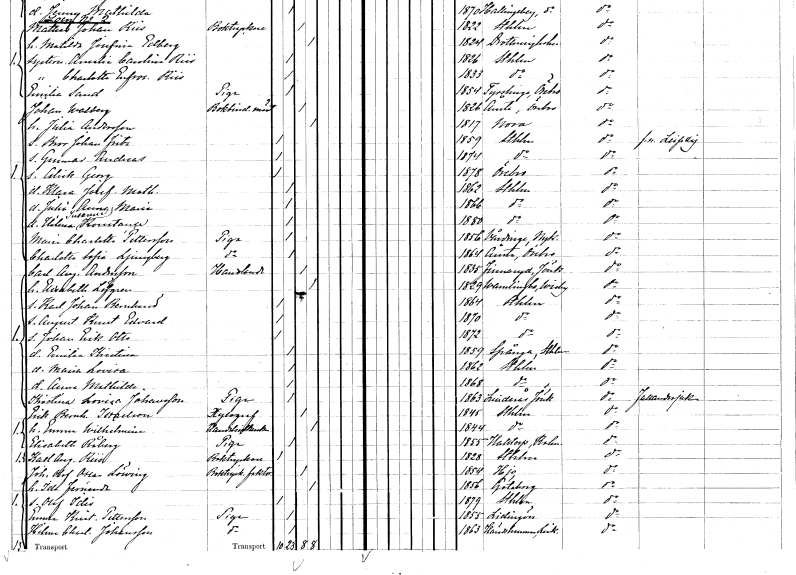
gt_parse: households: individuals: FN: Mattias Johan
EN: Riis
YRKE: Boktryckare
KON: M
CIV: G
FODAR: 1822
FODFORS: Stockholm
FN: Matilda Josefina
EN: Edberg
KON: K
CIV: G
FODAR: 1824
FODFORS: Lovö Stockholms län
FN: Amalia Carolina
EN: Riis
KON: K
CIV: O
FODAR: 1826
FODFORS: Stockholm
FN: Charlotte Eufrosyne
EN: Riis
KON: K
CIV: O
FODAR: 1833
FODFORS: Stockholm
FN: Emilia
EN: Sand
YRKE: Piga
KON: K
CIV: O
FODAR: 1854
FODFORS: Tysslinge Örebro län
FN: Johan
EN: Walberg
YRKE: Bokbinderimästare
KON: M
CIV: G
FODAR: 1826
FODFORS: Ånsta Örebro län
FN: Julia
EN: Andersson
KON: K
CIV: G
FODAR: 1817
FODFORS: Nora Örebro län
FN: Bror Johan Fritz
KON: M
CIV: O
FODAR: 1859
FODFORS: Stockholm
FN: Gunnar Andreas
KON: M
CIV: O
FODAR: 1874
FODFORS: Stockholm
FN: Alrik Georg
KON: M
CIV: O
FODAR: 1878
FODFORS: Örebro Örebro län
FN: Klara Josefina Mathilda
KON: K
CIV: O
FODAR: 1862
FODFORS: Stockholm
FN: Julia Anna Maria
KON: K
CIV: O
FODAR: 1866
FODFORS: Stockholm
FN: Hilma Susanne Konstance
KON: K
CIV: O
FODAR: 1880
FODFORS: Stockholm
FN: Maria Charlotta
EN: Pettersson
YRKE: Piga
KON: K
CIV: O
FODAR: 1856
FODFORS: Vårdinge Stockholms län
FN: Charlotta Sofia
EN: Ljungberg
YRKE: Piga
KON: K
CIV: O
FODAR: 1864
FODFORS: Ånsta Örebro län
FN: Carl August
EN: Andersson
YRKE: Handlande
KON: M
CIV: G
FODAR: 1835
FODFORS: Frinnaryd Jönköpings län
FN: Elisabeth
EN: Löfgren
KON: K
CIV: G
FODAR: 1829
FODFORS: Vamlingbo Gotlands län
FN: Karl Johan Bernhard
KON: M
CIV: O
FODAR: 1864
FODFORS: Stockholm
FN: August Knut Edvard
KON: M
CIV: O
FODAR: 1870
FODFORS: Stockholm
FN: Johan Erik Otto
KON: M
CIV: O
FODAR: 1872
FODFORS: Stockholm
FN: Emilia Kristina
KON: K
CIV: O
FODAR: 1859
FODFORS: Spånga Stockholms län
FN: Maria Lovisa
KON: K
CIV: O
FODAR: 1862
FODFORS: Stockholm
FN: Anna Mathilda
KON: K
CIV: O
FODAR: 1868
FODFORS: Stockholm
FN: Kristina Lovisa
EN: Johansson
YRKE: Piga
KON: K
CIV: O
FODAR: 1863
FODFORS: Linderås Jönköpings län
FN: Erik Bernhard
EN: Israelson
YRKE: Xylograf
KON: M
CIV: G
FODAR: 1845
FODFORS: Stockholm
FN: Emma Wilhelmina
YRKE: Handelsidkerska
KON: K
CIV: G
FODAR: 1844
FODFORS: Stockholm
FN: Elisabeth
EN: Råberg
YRKE: Piga
KON: K
CIV: O
FODAR: 1855
FODFORS: Halltorp Kalmar län
FN: Karl August
EN: Riis
YRKE: Boktryckare
KON: M
CIV: O
FODAR: 1828
FODFORS: Stockholm
FN: Johan Olof Oscar
EN: Löwing
YRKE: Boktryckerifaktor
KON: M
CIV: G
FODAR: 1854
FODFORS: Hjo Skaraborgs län
FN: Ida Fernanda
KON: K
CIV: G
FODAR: 1856
FODFORS: Göteborg Göteborgs- och Bohuslän
FN: Olof Idis
KON: M
CIV: O
FODAR: 1879
FODFORS: Stockholm
FN: Emma Kristina
EN: Pettersson
YRKE: Piga
KON: K
CIV: O
FODAR: 1855
FODFORS: Lidingö Stockholms län
FN: Hilma Charlotta
EN: Johansson
YRKE: Piga
KON: K
CIV: O
FODAR: 1863
FODFORS: Häradshammar Östergötlands län